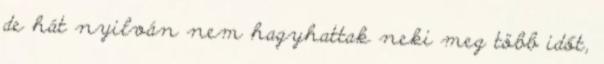
de hát nyilván nem hagyhattak neki meg több időt,